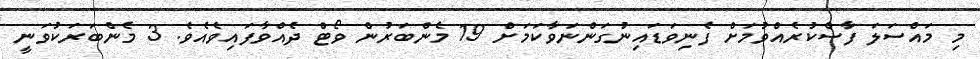
މި މައްސަލަ ފާސްކުރެއްވުމަށް ފެނިވަޑައިނުގަންނަވާކަމަށް 19 މެންބަރުން ވޯޓް ދެއްވާފައިވެއެވެ. 3 މެންބަރަކުވަނީ